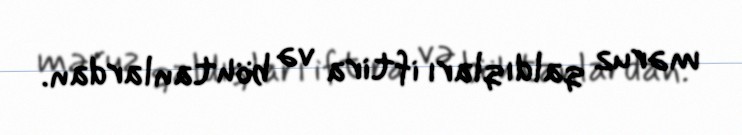
məruz qaldıqları iftira və böhtanlardan.